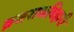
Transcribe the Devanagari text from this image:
ब्रजराजबिहारी